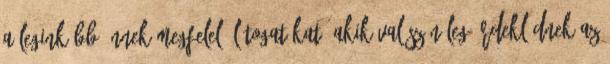
a leginkább önnek megfelelő látogatókat, akik valószínűleg érdeklődnek az